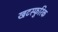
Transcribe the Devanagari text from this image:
खटस्फुरिक